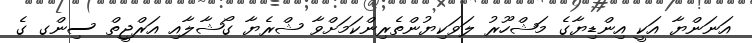
އަނަންޔާ އަކީ އިންޑިޔާގެ މަޝްހޫރު ލަވަކިޔުންތެރިންކަމަށްވާ ޝްރެޔާ ގޯޝާލާއި އަރްޖީތް ސިންގ ގެ